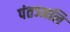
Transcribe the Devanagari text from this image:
पंतञ्जलि